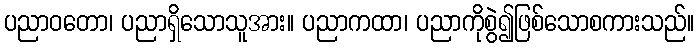
ပညာဝတော၊ ပညာရှိသောသူအား။ ပညာကထာ၊ ပညာကိုစွဲ၍ဖြစ်သောစကားသည်။